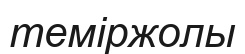
теміржолы